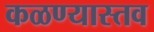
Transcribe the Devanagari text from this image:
कळण्यास्तव